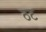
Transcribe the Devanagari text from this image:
ठट